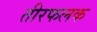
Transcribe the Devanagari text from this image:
तीरफलक